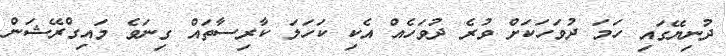
ދުނިޔޭގައި ހަމަ ދުވަހަކަށް ވުރެ ދުވަހެއް އެކި ކަހަލަ ކާރިސާތައް ގިނަވެ މައިގްރޭޝަން